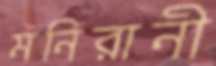
মনিরানী